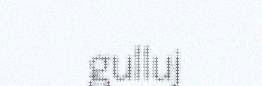
gulluj